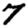
Digit: 7